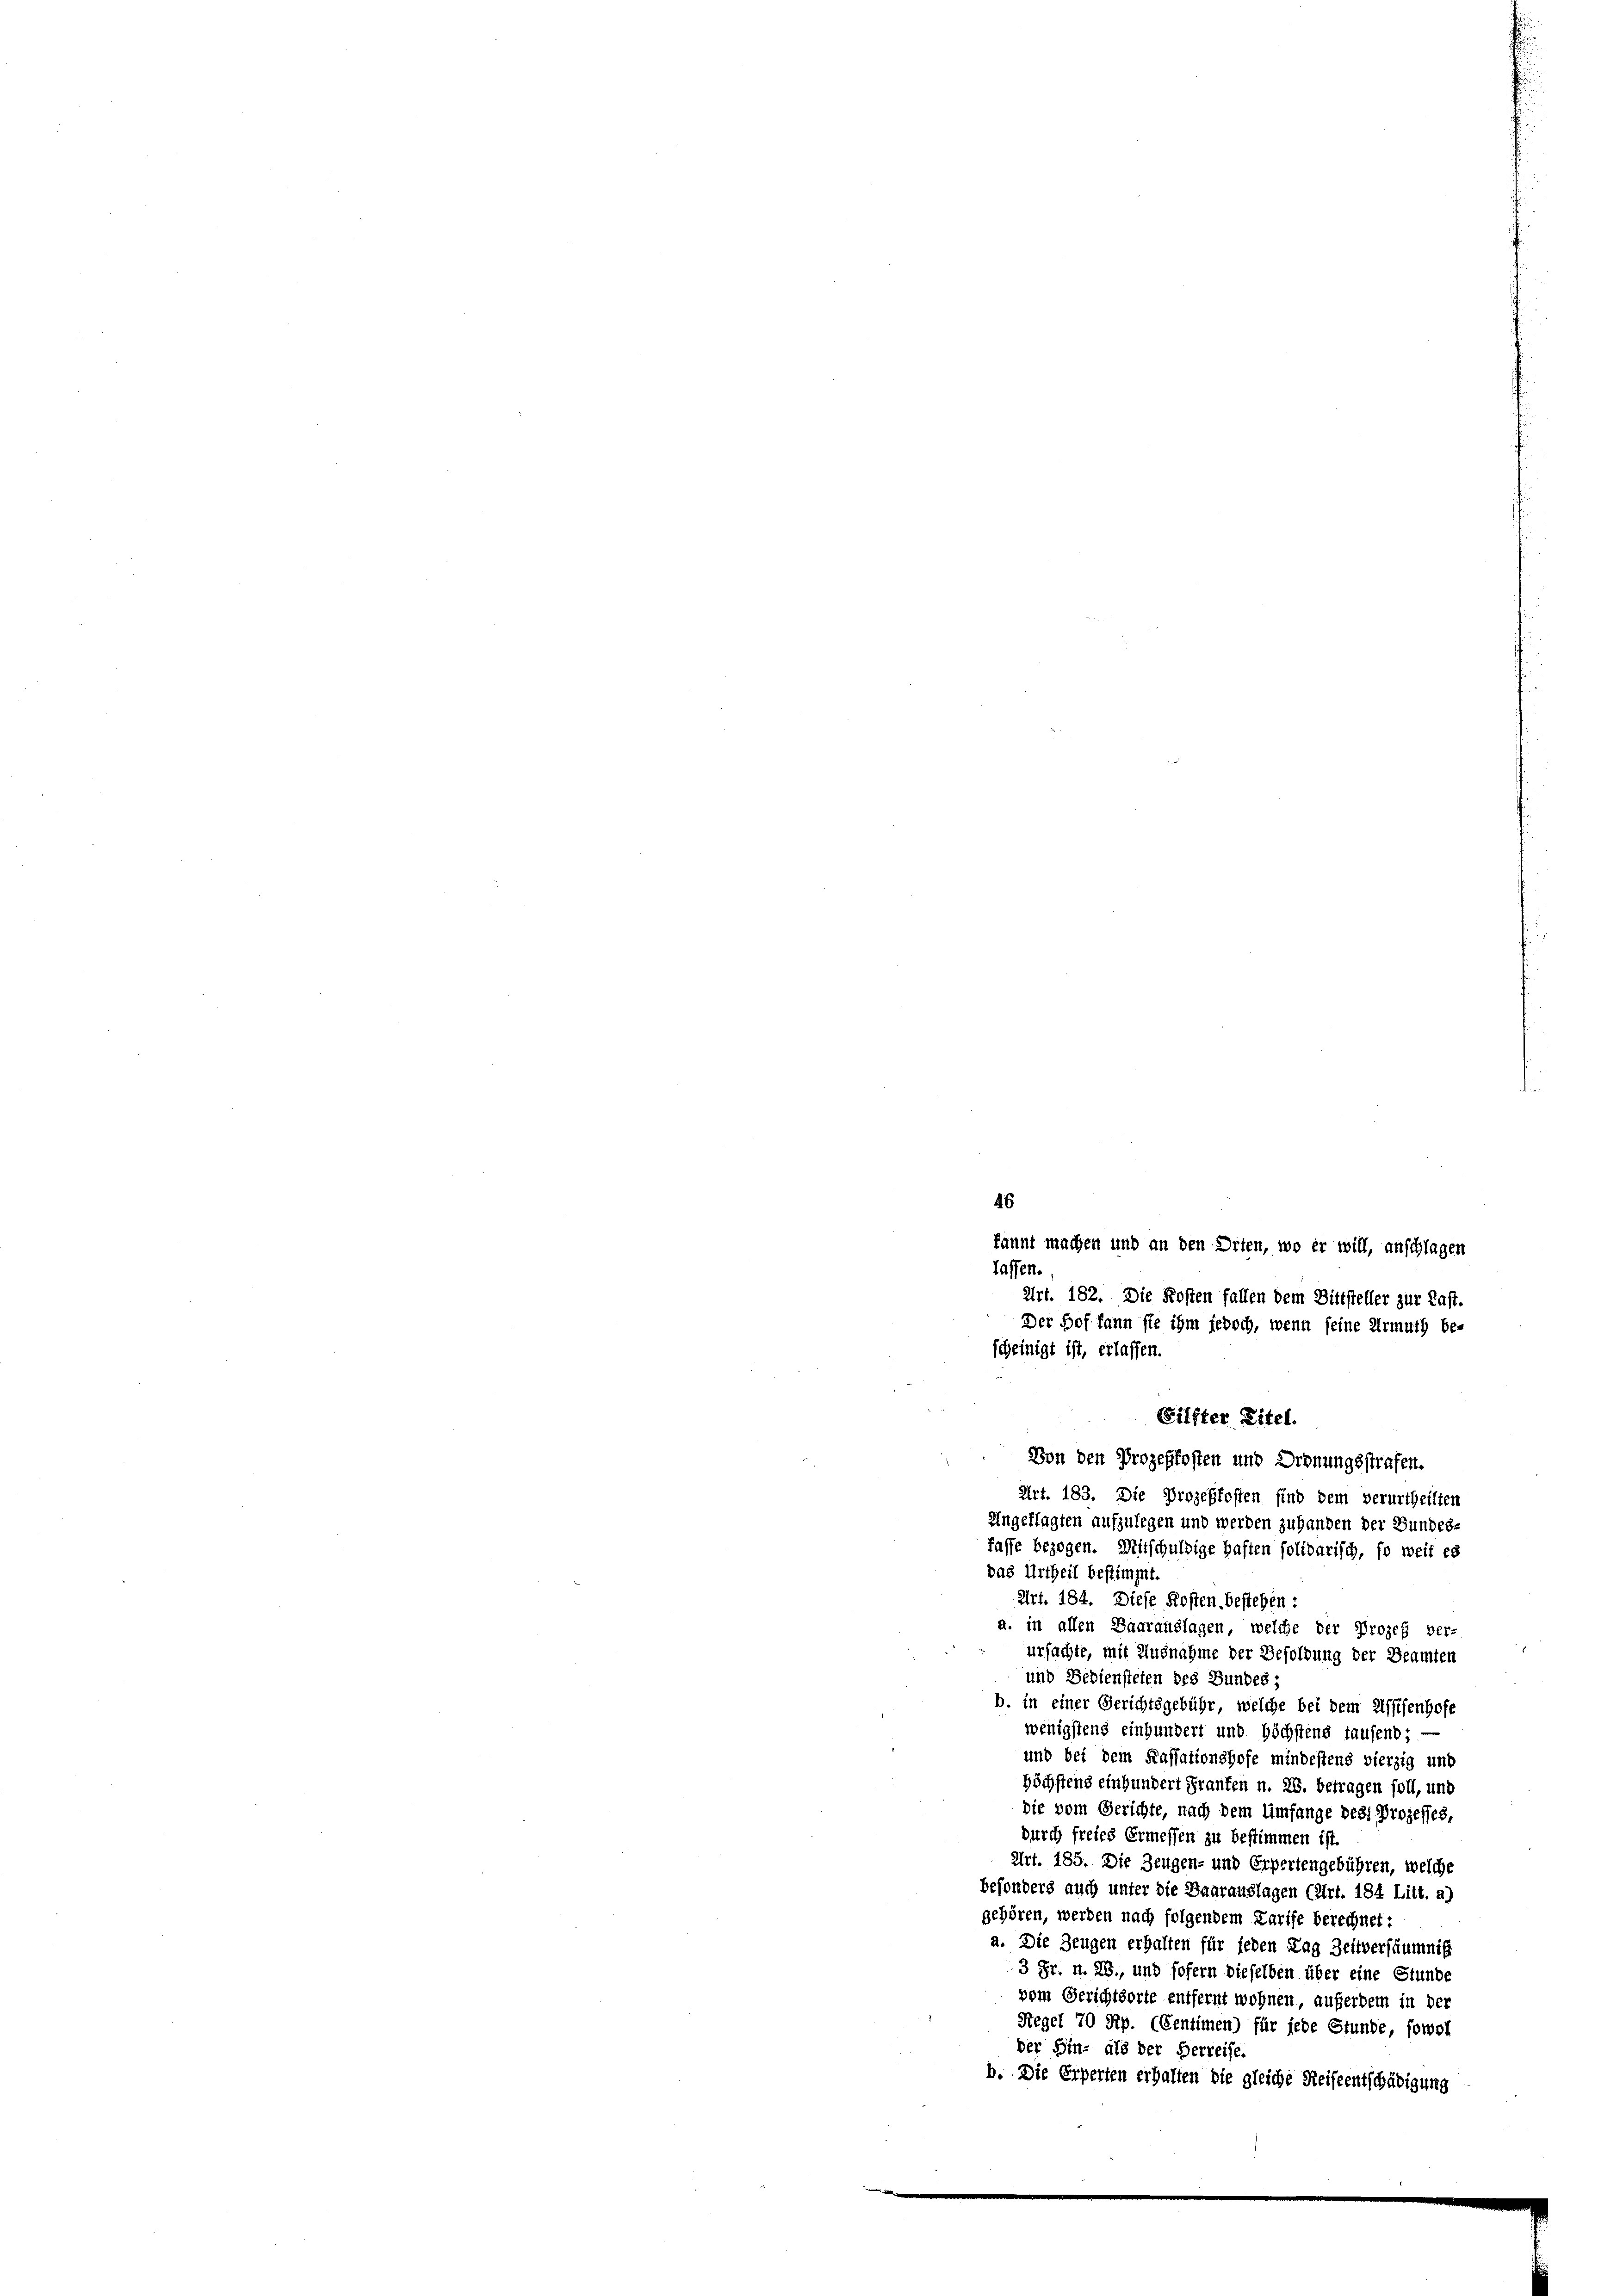
kannt machen und an den Diten, wo er will, anschlagen
Art. 182. Die Kosten fallen dem Bittsteller zur Last.
Der Hof kann sie ihm jedoch, wenn seine Armuth be-
Filfter Titel.
Von den Prozeßkosten und Ordnungsstrafen.
Art. 183. Die Prozeßkosten sind dem verurtheilten
Angeklagten aufzulegen und werden zuhanden der Bundes-
fasse bezogen. Mitschuldige haften solidarisch, so weit es
das Urtheil bestimmt.
Art. 184. Diese Kosten, bestehen:
a. in allen Baarauslagen, welche der Prozeß ver-
ursachte, mit Ausnahme der Besoldung der Beamten
und Bediensteten des Bundes;
b. in einer Gerichtsgebühr, welche bei dem Assisenhofe
wenigstens einhundert und höchstens laufend —
und bei dem Kassationshofe mindestens vierzig und
Höchstens einhundert Franken n. 28. betragen soll, und
die vom Gerichte, nach dem Umfange des Prozesses,
durch freies Ermessen zu bestimmen ist.
Art. 185. Die Zeugen- und Erpertengebühren, welche
besonders auch unter die Baarauslagen (Art. 184 Litt. a)
gehören, werden nach folgendem Karife berechnet:
a. Die Zeugen erhalten für jeden Tag Zeitversäumnis
3 Fr. n. 28., und sofern dieselben über eine Stunde
vom Gerichtsorte entfernt wohnen, auferdem in der
Regel 70 Rp. (Centimen) für jede Stunde, sowoll
der Hin- als der Herreise.
b. Die Erperten erhalten die gleiche Reiseentschädigung

46
lassen.
scheinigt ist, erlassen.